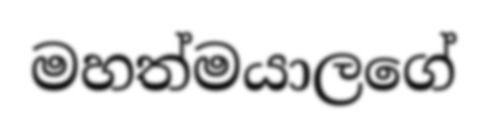
මහත්මයාලගේ